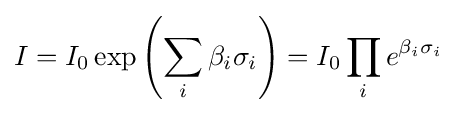
I=I_{0}\exp \left(\sum _{i}\beta _{i}\sigma _{i}\right)=I_{0}\prod _{i}e^{\beta _{i}\sigma _{i}}